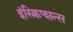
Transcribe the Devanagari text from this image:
इंस्क्रिप्शन्स